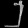
Digit: ၂